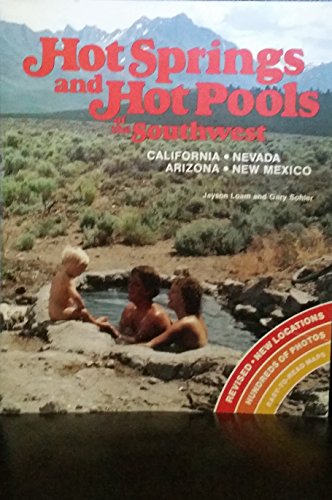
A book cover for Hot springs and hot pools of the Southwest; Jayson Loam; Travel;